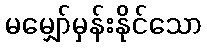
မမျှော်မှန်းနိုင်သော